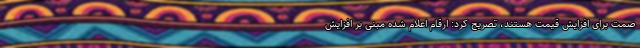
صمت برای افزایش قیمت هستند، تصریح کرد: ارقام اعلام شده مبنی بر افزایش